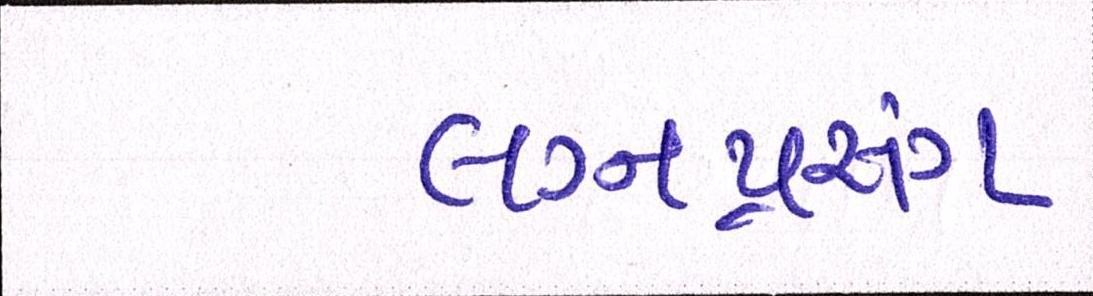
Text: લગ્નપ્રસંગ